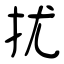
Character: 扰